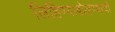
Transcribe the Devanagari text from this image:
लिहिण्याबोलण्याची